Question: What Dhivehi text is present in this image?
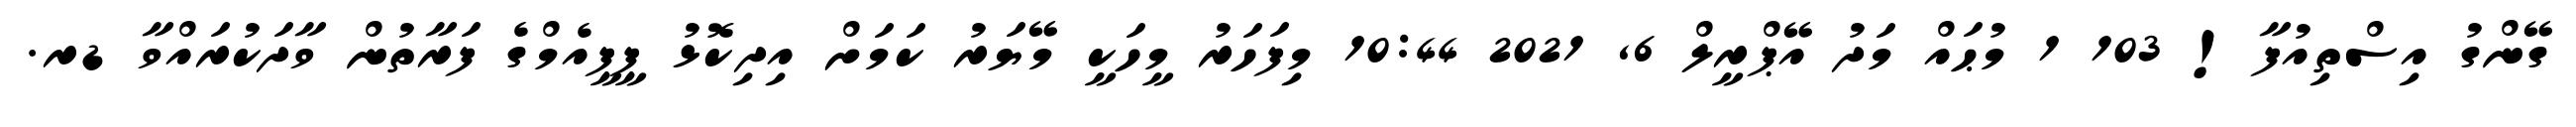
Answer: ގޭންގު އިސްތިއުފާ! 103 1 މުޙައް މަދު އޭޕްރީލް 6, 2021 10:44 މިފަހަރު މީހަކީ މޭޔަރު ކަމަށް އިދިކޮޅު ޕީޕީއެމްގެ ފަރާތުން ވާދަކުރައްވާ ޑރ.